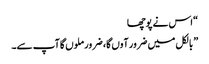
“ اس نے پوچھا
” بالکل میں ضرور آوں گا، ضرور ملوں گا آپ سے۔